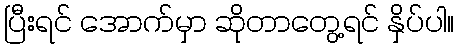
ပြီးရင် အောက်မှာ ဆိုတာတွေ့ရင် နှိပ်ပါ။